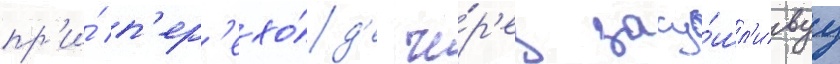
пр'и́ п'ер'ехо́д'е че́р'ез засу́шл'ивуу